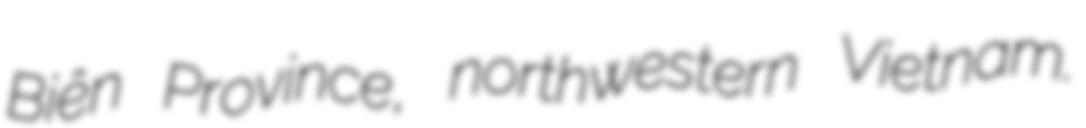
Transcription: Biên Province, northwestern Vietnam.